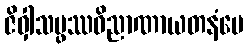
ဇိဝှါသမ္ဖဿဝိညာဏာယတနံပေ